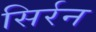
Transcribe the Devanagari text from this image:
सिर्रन